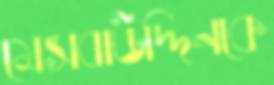
মেসবাউদ্দিনকে